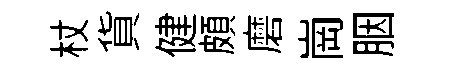
杖貨健頗磨崗胭